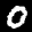
Label: 0